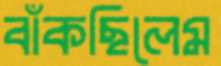
বাঁকছিলেম